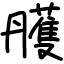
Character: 雘